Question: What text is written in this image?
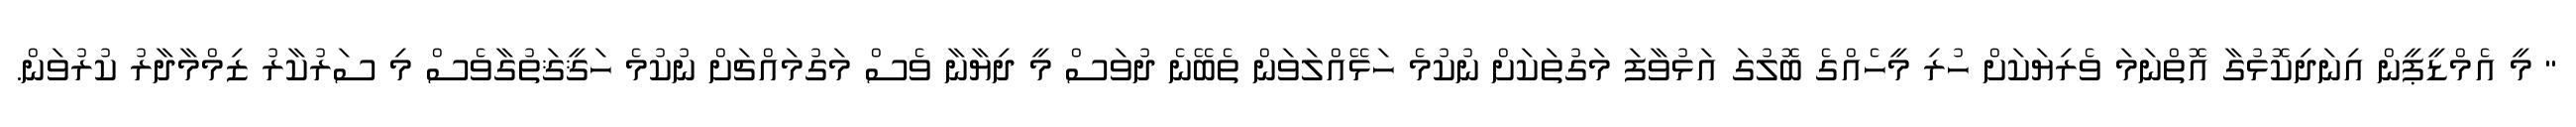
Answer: " މީ އެމްޑީޕީން އިނަދިކޮޅުގާ އޮތްނަމަ ވެރިޔަކަށް ހުރި މީހެއްގެ ބޮލުގަ އަޅުވާފަ މަގުތަކަށް ނުކުމެ ހަޅޭއްލަވަން ތެބޭނެ ދުވަސް މީ ދިޔާނާ ވެސް މަގުމައްޗަށް ނުކުމެ ހަޤީޤަތުގާވެސް މި ސަރުކާރު ޒިމްމާދާރު ކުރުވަން.